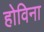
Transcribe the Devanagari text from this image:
होविना